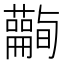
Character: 𧄪